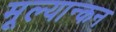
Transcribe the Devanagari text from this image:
मूल्यान्कन